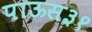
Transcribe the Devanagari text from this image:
पाऊस३१